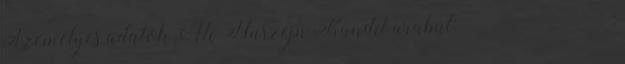
Személyes adatok Ali Huszejn Kandíl arabul: على حسين قنديل;